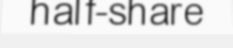
half-share